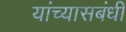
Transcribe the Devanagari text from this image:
यांच्यासबंधी